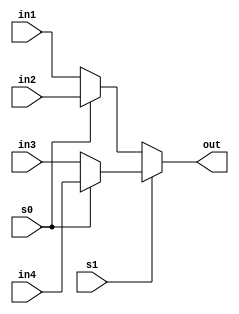
module four_mux(in1,in2,in3,in4,s1,s0,out);
input in1,in2,in3,in4,s1,s0;
output out;
assign out=(s1)?(s0?in4:in3):(s0?in2:in1);
endmodule

module onebitmux(a,b,greater,equal,lesser);
input a,b;
output greater,equal,lesser;
four_mux f1(1'b1,1'b0,1'b0,1'b1,a,b,equal);
four_mux f2(1'b0,1'b0,1'b1,1'b0,a,b,greater);
four_mux f3(1'b0,1'b1,1'b0,1'b0,a,b,lesser);
endmodule